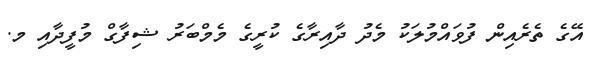
އޭގެ ތެރެއިން ފުވައްމުލަކު މެދު ދާއިރާގެ ކުރީގެ މެމްބަރު ޝިފާގް މުފީދާއި މ.